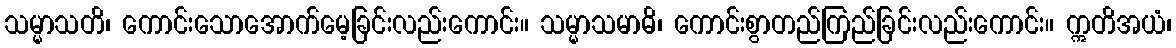
သမ္မာသတိ၊ ကောင်းသောအောက်မေ့ခြင်းလည်းကောင်း။ သမ္မာသမာဓိ၊ ကောင်းစွာတည်ကြည်ခြင်းလည်းကောင်း။ ဣတိအယံ၊